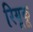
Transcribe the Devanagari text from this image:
रियूकू